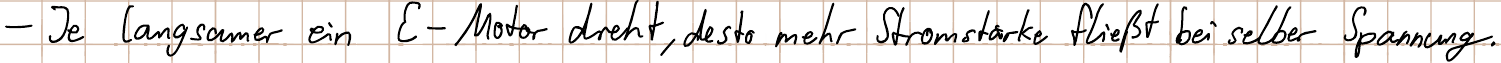
- Je langsamer ein E-Motor dreht, desto mehr Stromstärke fließt bei selber Spannung.